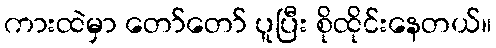
ကားထဲမှာ တော်တော် ပူပြီး စိုထိုင်းနေတယ်။